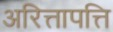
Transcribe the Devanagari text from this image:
अरित्तापत्ति